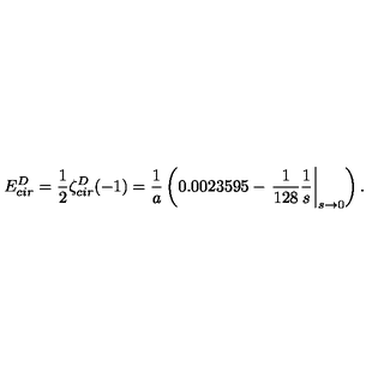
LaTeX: E _ { c i r } ^ { D } = \frac { 1 } { 2 } \zeta _ { c i r } ^ { D } ( - 1 ) = \frac { 1 } { a } \left( 0 . 0 0 2 3 5 9 5 - \left. \frac { 1 } { 1 2 8 } \frac { 1 } { s } \right| _ { s \to 0 } \right) .